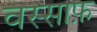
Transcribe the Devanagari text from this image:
वस्साफ़